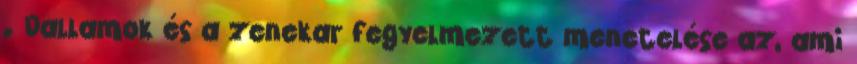
. Dallamok és a zenekar fegyelmezett menetelése az, ami